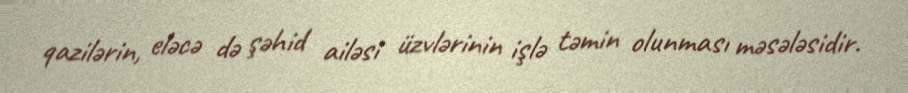
qazilərin, eləcə də şəhid ailəsi üzvlərinin işlə təmin olunması məsələsidir.